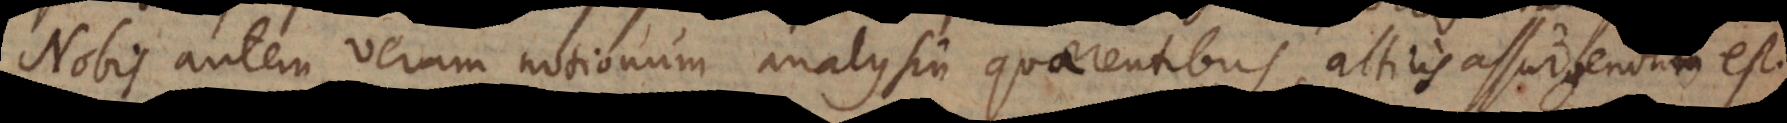
Nobis autem veram notionum analysin quaerentibus, altius assurgendum est.